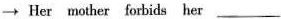
→ Her mother forbids her ___